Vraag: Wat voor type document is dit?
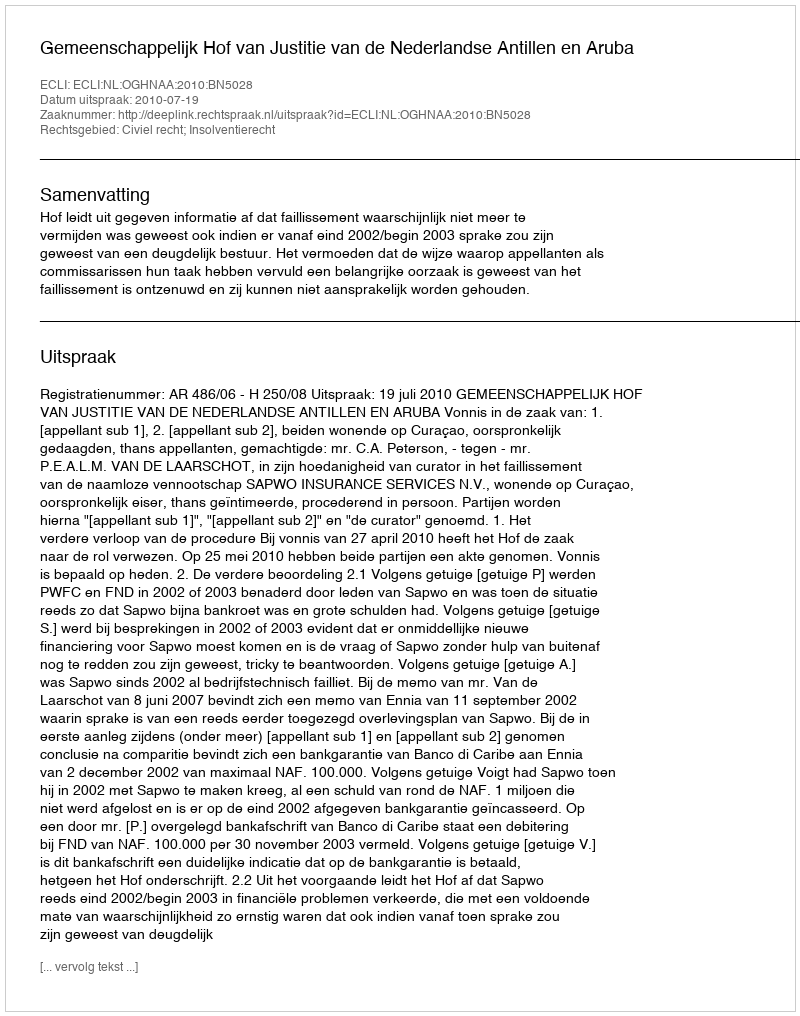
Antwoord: Uitspraak